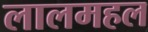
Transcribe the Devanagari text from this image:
लालमहल